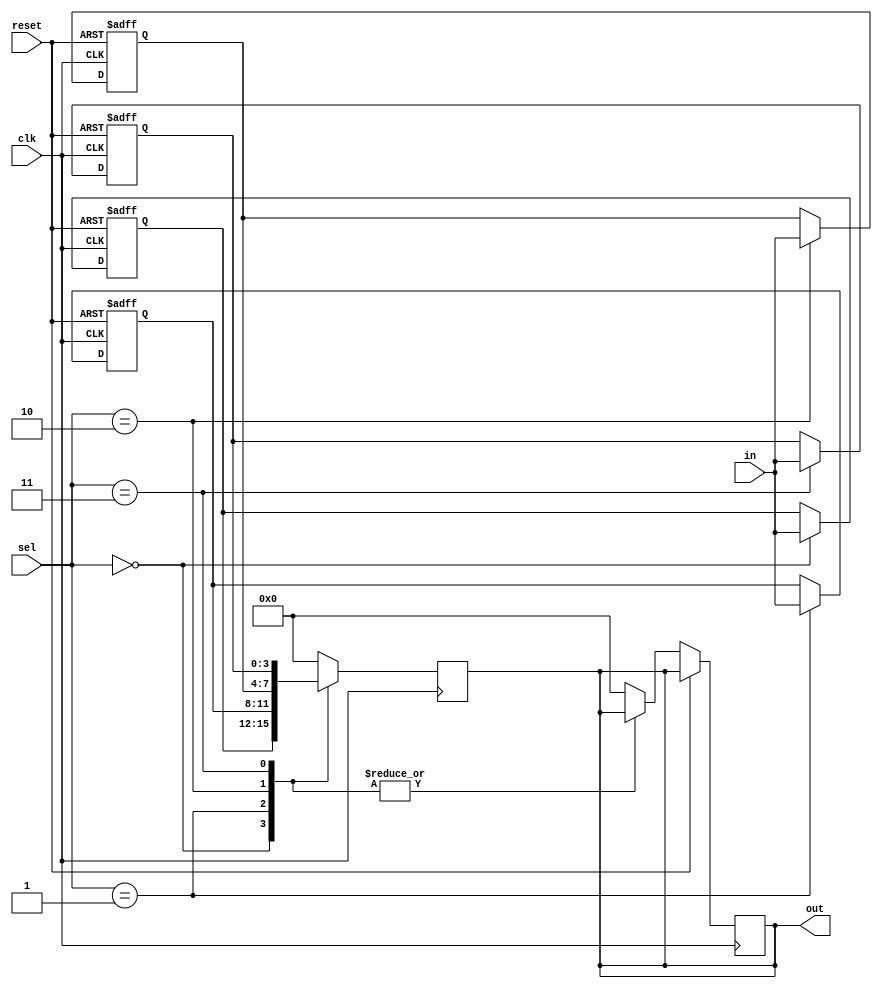
module FourWayBypassReg (
    input wire clk,        // Clock input
    input wire reset,      // Reset input
    input wire [3:0] sel,  // Select input to choose the bypass register
    input wire [3:0] in,   // Input data
    output reg [3:0] out   // Output data
);

reg [3:0] reg0, reg1, reg2, reg3;

always @(posedge clk or posedge reset) begin
    if(reset) begin
        reg0 <= 4'b0;
        reg1 <= 4'b0;
        reg2 <= 4'b0;
        reg3 <= 4'b0;
    end else begin
        case (sel)
            4'b0000: reg0 <= in;
            4'b0001: reg1 <= in;
            4'b0010: reg2 <= in;
            4'b0011: reg3 <= in;
            default:  out <= 4'b0; // default case for invalid select
        endcase
    end
end

always @(posedge clk) begin
    case (sel)
        4'b0000: out <= reg0;
        4'b0001: out <= reg1;
        4'b0010: out <= reg2;
        4'b0011: out <= reg3;
        default:  out <= 4'b0; // default case for invalid select
    endcase
end

endmodule